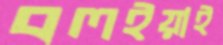
বলইয়াই